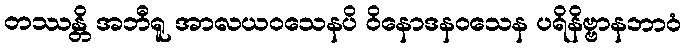
တဿန္တိ အဘီရူ အာလယဝသေနပိ ဝိနောဒနဝသေန ပရိနိဗ္ဗာနဘာဝံ